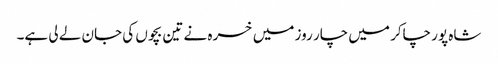
شاہ پور چاکر میں چار روز میں خسرہ نے تین بچوں کی جان لے لی ہے۔